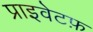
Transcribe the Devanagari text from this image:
प्राइवेटफ़